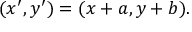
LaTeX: ( x ^ { \prime } , y ^ { \prime } ) = ( x + a , y + b ) .